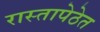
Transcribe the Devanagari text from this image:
रास्तापेठेत